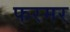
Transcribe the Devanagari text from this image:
फरमर